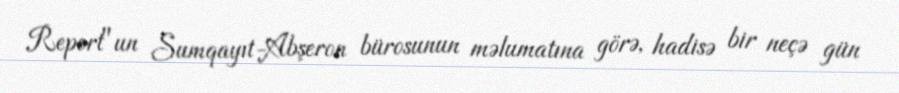
Report"un Sumqayıt-Abşeron bürosunun məlumatına görə, hadisə bir neçə gün